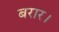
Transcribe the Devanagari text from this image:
बरार।